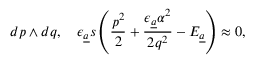
d p \wedge d q , \quad \epsilon _ { { \underline { { a } } } } s \left( \frac { p ^ { 2 } } { 2 } + \frac { \epsilon _ { { \underline { { a } } } } \alpha ^ { 2 } } { 2 q ^ { 2 } } - { \cal E } _ { \underline { { a } } } \right) \approx 0 ,